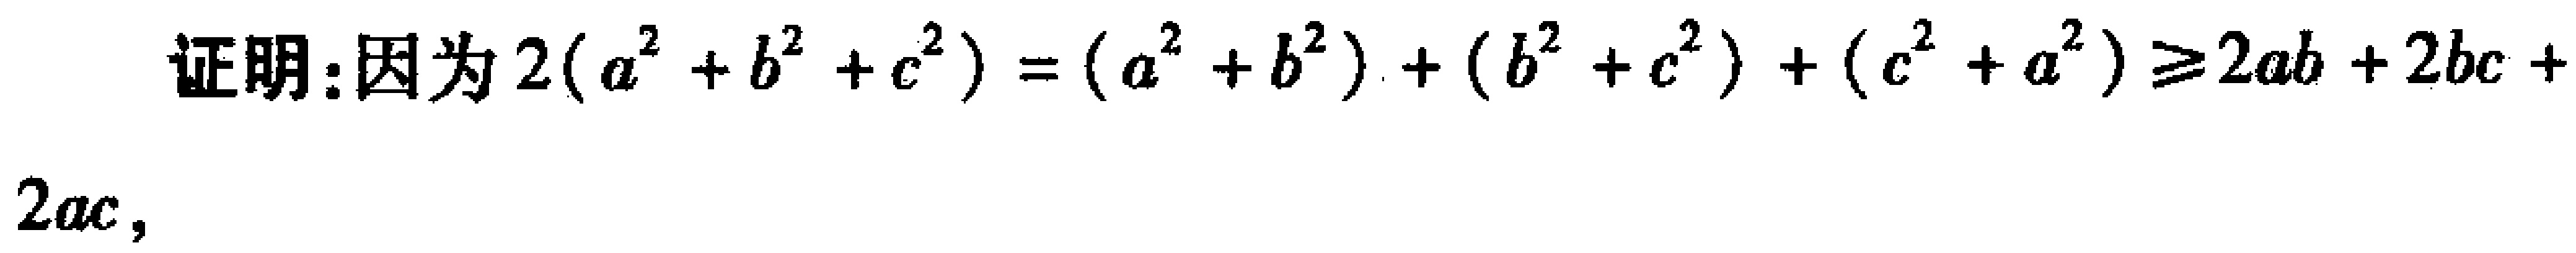
证明：因为 \(2(a^{2}+b^{2}+c^{2})=(a^{2}+b^{2})+(b^{2}+c^{2})+(c^{2}+a^{2})\geq 2ab + 2bc + 2ac\)，